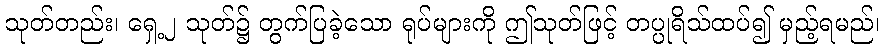
သုတ်တည်း၊ ရှေ့၂ သုတ်၌ တွက်ပြခဲ့သော ရုပ်များကို ဤသုတ်ဖြင့် တပ္ပုရိသ်ထပ်၍ မှည့်ရမည်၊